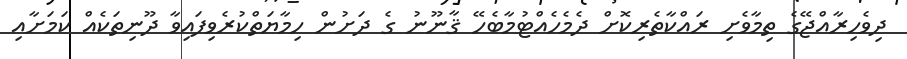
ދިވެހިރާއްޖޭގެ ތިމާވެށި ރައްކާތެރިކޮށް ދެމެހެއްޓުމާބެހޭ ޤާނޫނު ގެ ދަށުން ހިމާޔަތްކުރެވިފައިވާ ދޫނިތަކެއް ކަމަށާއި